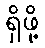
ရှိဖို့